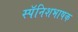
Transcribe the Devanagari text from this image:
स्पॅनिशभाषक